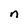
Character: n